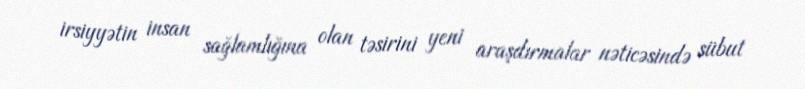
irsiyyətin insan sağlamlığına olan təsirini yeni araşdırmalar nəticəsində sübut